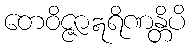
တေဝိဇ္ဇာဣရိဏန္တိပိ